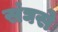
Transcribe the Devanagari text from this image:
संघसे